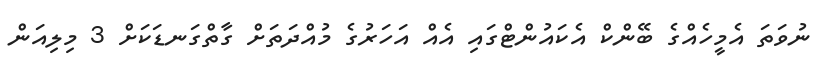
ނުވަތަ އެމީހެއްގެ ބޭންކް އެކައުންޓްގައި އެއް އަހަރުގެ މުއްދަތަށް ގާތްގަނޑަކަށް 3 މިލިއަން